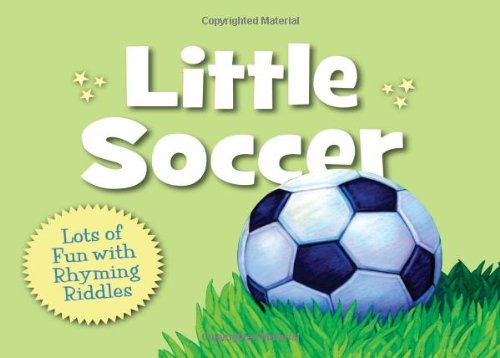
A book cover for Little Soccer (Little Sports); Brad Herzog; Children's Books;